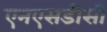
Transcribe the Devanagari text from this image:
एनएसडीसी